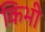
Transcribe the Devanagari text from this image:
किभी